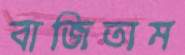
বাজিতাম